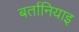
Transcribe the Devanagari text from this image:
बर्तानियाइ